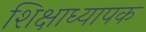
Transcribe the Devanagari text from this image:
शिक्षाध्यापक